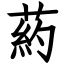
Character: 葯